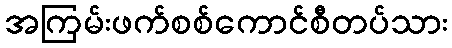
အကြမ်းဖက်စစ်ကောင်စီတပ်သား